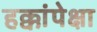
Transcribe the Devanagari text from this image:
हक्कांपेक्षा